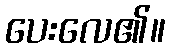
ပေးလေ၏။